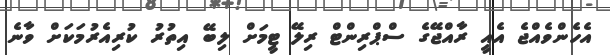
އެހެންވެއްޖެ އެއީ ރާއްޖޭގެ ސްޕްރިންޓް ރިލޭ ޓީމަށް ލިބޭ އިތުރު ކުރިއެރުމަކަށް ވާނެ